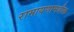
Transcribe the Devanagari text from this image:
रामायणामधील